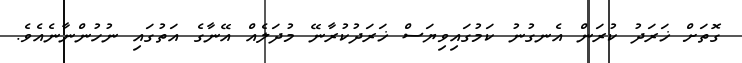
ގޮތަށް ޚަރަދު ކުރަން އެނގުނު ކަމުގައިވިޔަސް ޚަރަދުކުރާނޭ މުދަލެއް އޭނާގެ އަތުގައި ނުހުންނާނެއެވެ.